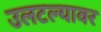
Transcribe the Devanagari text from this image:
उलटल्यावर